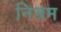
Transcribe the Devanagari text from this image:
निभ्रम